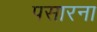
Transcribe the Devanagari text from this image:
पसारना